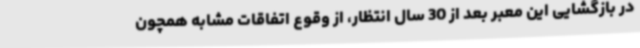
در بازگشایی این معبر بعد از 30 سال انتظار، از وقوع اتفاقات مشابه همچون